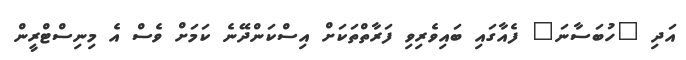
އަދި "ހުބަސާނަ" ފެއާގައި ބައިވެރިވި ފަރާތްތަކަށް އިސްކަންދޭނެ ކަމަށް ވެސް އެ މިނިސްޓްރީން